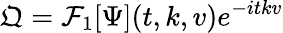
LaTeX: \mathfrak{Q}=\mathcal{F}_{1}[\Psi](t,k,v)e^{-itkv}